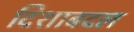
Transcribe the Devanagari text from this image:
दिशाबदल